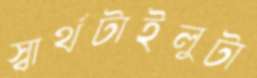
স্বার্থটাইলুটা